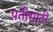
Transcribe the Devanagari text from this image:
पतीसाठी